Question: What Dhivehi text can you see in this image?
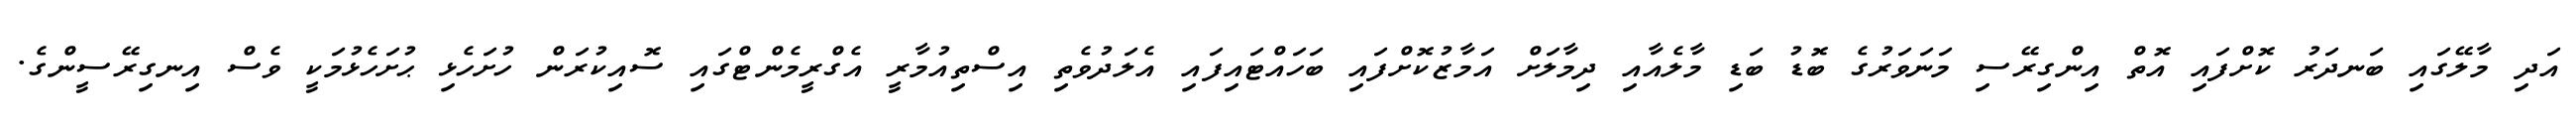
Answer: އަދި މާލޭގައި ބަނދަރު ކޮށްފައި އޮތް އިންގިރޭސި މަނަވަރުގެ ބޮޑު ބަޑި މާލެއާއި ދިމާލަށް އަމާޒުކޮށްފައި ބަހައްޓައިފައި އެލަދުވެތި އިސްތިއުމާރީ އެގްރީމެންޓްގައި ސޮއިކުރަން ހުށަހެޅި ޙުށަހެޅުމަކީ ވެސް އިނގިރޭސީންގެ.